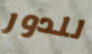
للدور